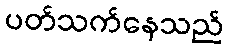
ပတ်သက်နေသည်